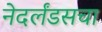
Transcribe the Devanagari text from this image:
नेदर्लंडसचा